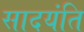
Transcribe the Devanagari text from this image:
सादयंति